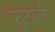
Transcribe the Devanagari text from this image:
कुठाली